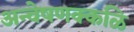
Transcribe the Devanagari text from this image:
अन्वेषणक्कळि